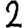
Digit: 2